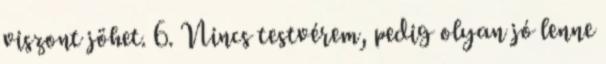
viszont jöhet. 6. Nincs testvérem, pedig olyan jó lenne